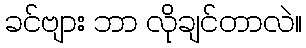
ခင်ဗျား ဘာ လိုချင်တာလဲ။